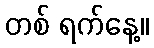
တစ် ရက်နေ့။